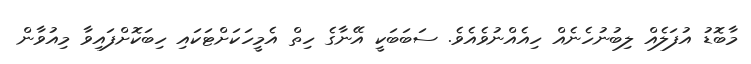
މާބޮޑު އުފަލެއް ލިބުނުހެނެއް ހިއެއްނުވެއެވެ. ސަބަބަކީ އޭނާގެ ހިތް އެމީހަކަށްޓަކައި ހިބަކޮށްފައިވާ މިއުވާން